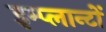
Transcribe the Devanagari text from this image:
इम्प्लान्टों